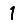
Digit: 1